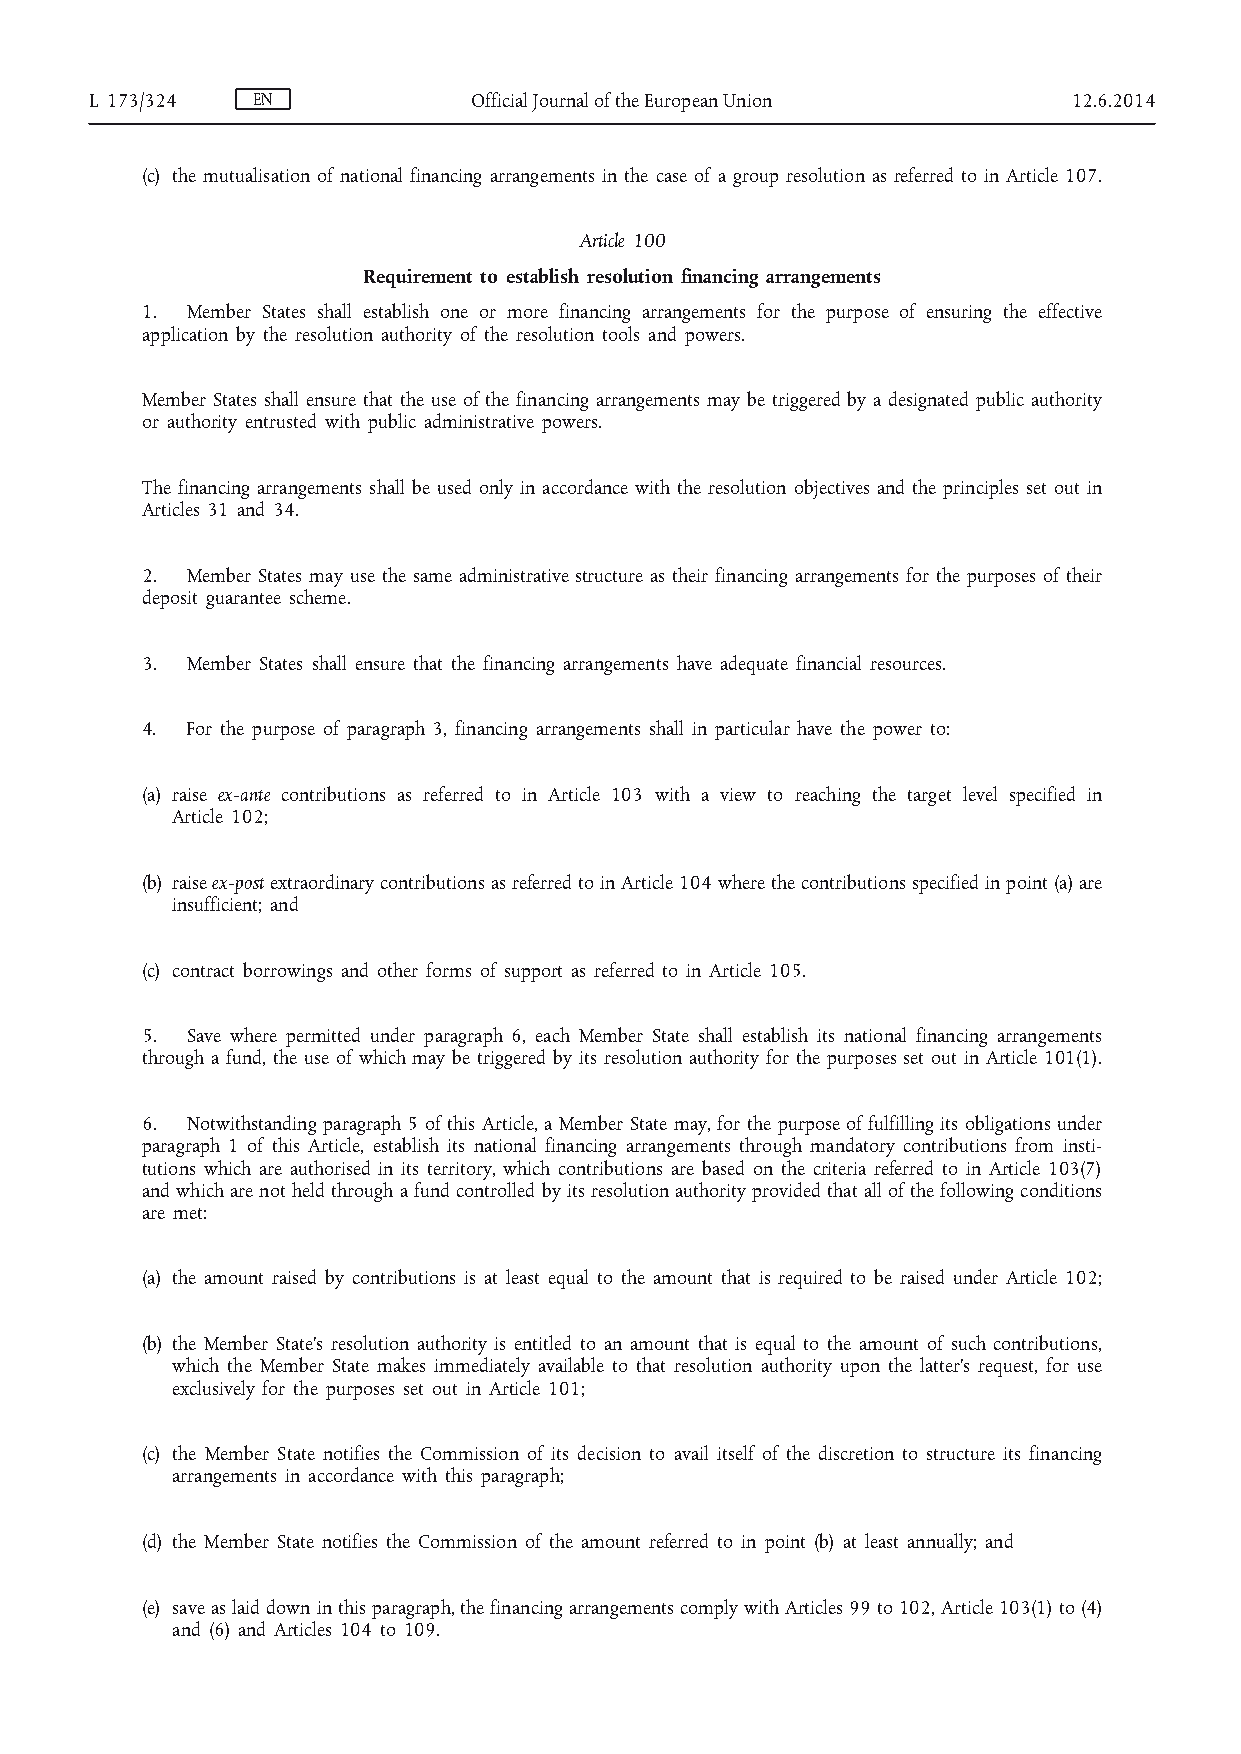
L 173/324  EN            Official Journal of the European Union  12.6.2014
 (c) the mutualisation of national financing arrangements in the case of a group resolution as referred to in Article 107.
 Article 100
 Requirement to establish resolution financing arrangements
 1. Member States shall establish one or more financing arrangements for the purpose of ensuring the effective
 application by the resolution authority of the resolution tools and powers.
 Member States shall ensure that the use of the financing arrangements may be triggered by a designated public authority
 or authority entrusted with public administrative powers.
 The financing arrangements shall be used only in accordance with the resolution objectives and the principles set out in
 Articles 31 and 34.
 2. Member States may use the same administrative structure as their financing arrangements for the purposes of their
 deposit guarantee scheme.
 3. Member States shall ensure that the financing arrangements have adequate financial resources.
 4. For the purpose of paragraph 3, financing arrangements shall in particular have the power to:
 (a) raise ex-ante contributions as referred to in Article 103 with a view to reaching the target level specified in
 Article 102;
 (b) raise ex-post extraordinary contributions as referred to in Article 104 where the contributions specified in point (a) are
 insufficient; and
 (c) contract borrowings and other forms of support as referred to in Article 105.
 5. Save where permitted under paragraph 6, each Member State shall establish its national financing arrangements
 through a fund, the use of which may be triggered by its resolution authority for the purposes set out in Article 101(1).
 6. Notwithstanding paragraph 5 of this Article, a Member State may, for the purpose of fulfilling its obligations under
 paragraph 1 of this Article, establish its national financing arrangements through mandatory contributions from insti­
 tutions which are authorised in its territory, which contributions are based on the criteria referred to in Article 103(7)
 and which are not held through a fund controlled by its resolution authority provided that all of the following conditions
 are met:
 (a) the amount raised by contributions is at least equal to the amount that is required to be raised under Article 102;
 (b) the Member State’s resolution authority is entitled to an amount that is equal to the amount of such contributions,
 which the Member State makes immediately available to that resolution authority upon the latter’s request, for use
 exclusively for the purposes set out in Article 101;
 (c) the Member State notifies the Commission of its decision to avail itself of the discretion to structure its financing
 arrangements in accordance with this paragraph;
 (d) the Member State notifies the Commission of the amount referred to in point (b) at least annually; and
 (e) save as laid down in this paragraph, the financing arrangements comply with Articles 99 to 102, Article 103(1) to (4)
 and (6) and Articles 104 to 109.